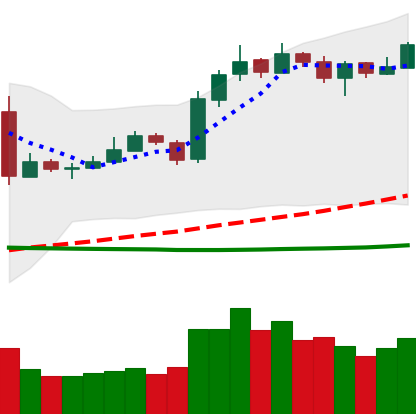
Ticker: LTC-USD
Chart end date: 2019-03-15
Forward return: 3.148%
Label: up_3_5